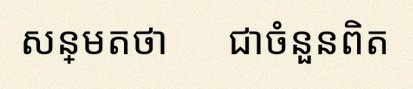
សន្មតថា x ជាចំនួនពិត